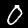
Digit: 0